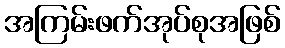
အကြမ်းဖက်အုပ်စုအဖြစ်